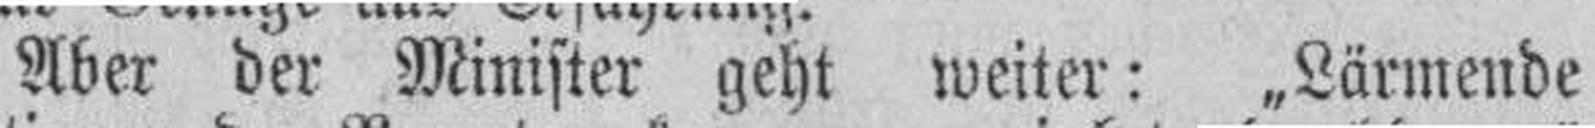
Aber der Minister geht weiter: „Lärmende